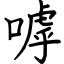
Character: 嘑